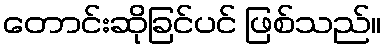
တောင်းဆိုခြင်ပင် ဖြစ်သည်။